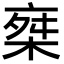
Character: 椉